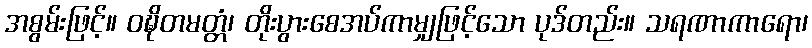
အစွမ်းဖြင့်။ ဝဍ္ဎိတမတ္တံ၊ တိုးပွားစေအပ်ကာမျှဖြင့်သော ပုဒ်တည်း။ သရဏာကာရော၊